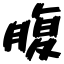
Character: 腹